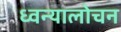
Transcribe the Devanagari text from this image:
ध्वन्यालोचन